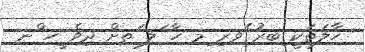
ހާލަތަކީ ިބރު ެވރި ިމ ހާ ަލ ަތށް ދިވެ ީހ ްނ